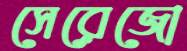
সেরেজো